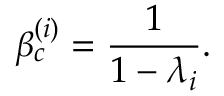
\beta _ { c } ^ { ( i ) } = \frac { 1 } { 1 - \lambda _ { i } } .